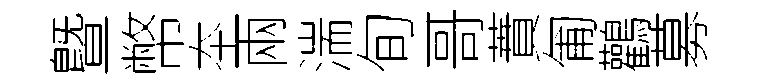
曁幣夲兩湍旬哥蕡匍鸛募